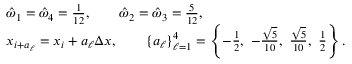
\begin{array} { r l } & { \hat { \omega } _ { 1 } = \hat { \omega } _ { 4 } = \frac { 1 } { 1 2 } , \qquad \hat { \omega } _ { 2 } = \hat { \omega } _ { 3 } = \frac { 5 } { 1 2 } , } \\ & { x _ { i + a _ { \ell } } = x _ { i } + a _ { \ell } \Delta x , \qquad \{ a _ { \ell } \} _ { \ell = 1 } ^ { 4 } = \left\{ - \frac { 1 } { 2 } , ~ - \frac { \sqrt { 5 } } { 1 0 } , ~ \frac { \sqrt { 5 } } { 1 0 } , ~ \frac { 1 } { 2 } \right\} . } \end{array}